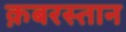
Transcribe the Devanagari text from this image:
क़बरस्तान